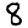
Digit: 8